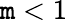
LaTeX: \mathtt{m}<1